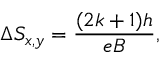
\Delta S _ { x , y } = \frac { ( 2 k + 1 ) h } { e B } ,